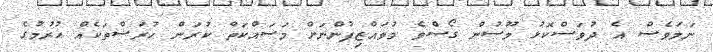
ނަމަވެސް އެ ދުވަސްކޮޅު މޫސުން ގޯސްވެ މުވައްޒިފުންނަށް މަސައްކަތް ކުރަން ހުރަސްތަކެއް ހުރުމުގެ